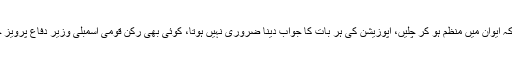
عمران خان نے اراکین کو ہدایت جاری کرتے ہوئے کہا کہ ایوان میں منظم ہو کر چلیں، اپوزیشن کی ہر بات کا جواب دینا ضروری نہیں ہوتا، کوئی بھی رکن قومی اسمبلی وزیر دفاع پرویز خٹک کی اجازت کے بغیر ایوان میں تقریر نہیں کرے گا۔